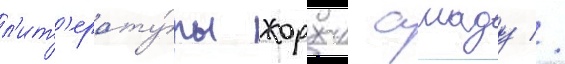
л'ит'ерату́ры жоржи амаду //